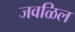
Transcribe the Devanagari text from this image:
जवळिल